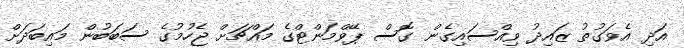
އަދި އެވަގުތު ޒައިދު ވިއްސައިގެން ގޮސް ޕޭވްމަންޓްގެ މައްޗަށް ޖެހުމުގެ ސަބަބުން މައިބަދަށް